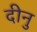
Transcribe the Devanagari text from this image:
दीनु